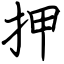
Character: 押